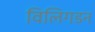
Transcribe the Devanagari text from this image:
विलिगडन